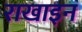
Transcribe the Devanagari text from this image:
राखाइन